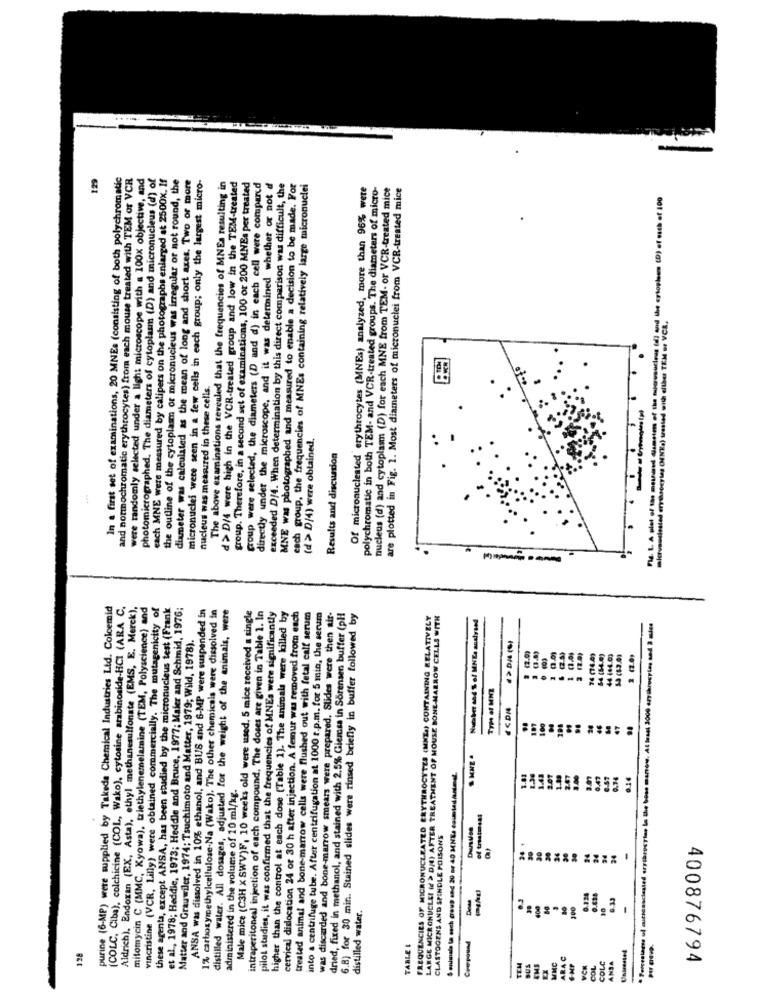
129
In a first set of examinations, 20 MNEs (consisting of both polychromatic
and normochromatic erythrocytes) from each mouse treated with TEM or VCR
were randomly selected under a light microscope with a 100x objective, and
photomicrographed. The diameters of cytoplasm (D) and micronucleus (d) of
each MNE were measured by calipers on the photographs enlarged at 2500x. If
the outline of the cytoplasm or micronucleus was irregular or not round, the
diameter was calculated as the mean of long and short axes. Two or more
micronuclei were seen in a few cells in each group; only the largest micro-
group. Therefore, in a second set of examinations, 100 or 200 MNEs per treated
group were selected, the diameters (D and d) in each cell were compared
The above examinations revealed that the frequencies of MNEs resulting in
d> D/4 were high in the VCR-treated group and low in the TEM-treated
directly under the microscope, and it was determined whether or not d
exceeded D/4. When determination by this direct comparison was difficult, the
MNE was photographed and measured to enable a decision to be made. For
each group, the frequencies of MNEs containing relatively large micronuclei
Of micronuclested erythrocytes (MNEs) analyzed, more than 96% were
polychromatic in both TEM- and VCR-treated groups. The diameters of micro-
nucleus (d) and cytoplasm (D) for each MNE from TEM- or VCR-treated mice
are plotted in Fig. 1. Most diameters of micronuclei from VCR-treated mice
Fla. 1. A plot of the moused dinsim of the mujeresucless (d) and the cytoplas (D) of outh et 100
mictvsuslesled erythrocyles (MENKa) treated with either TEM or VCR,
nucleus was measured in these cells.
(d > D/4) were obtained,
Results and discussion
..
purine (6-MP) were supplied by Takeda Chemical Industries Ltd. Colcemid
(COLC, Ciba), colchicine (COL, Wako), cytosine arabinoside-HCI (ARA C.
Aldrich). Endoxan (EX, Asta), ethyl methanesulfonate (EMS, E. Merck),
mitomycin C (MMC, Kyowa), triethylenemelamine (TEM, Polyscience) and
vincristine (VCR, Lilly) were obtained commercially. The mutagenicity of
these agenta, except ANSA, has been studied by the micronucleus test (Frank
et al ., 1978; Heddie, 1973; Heddle and Bruce, 1977; Maler and Schmid, 1976;
ANSA was dissolved in 10% ethanol, and BUS and 6-MP were suspended in
1% carboxymethylcellulose-Na (Wako). The other chemicals were dissolved in
distilled water. All dosages, adjusted for the weight of the animals, were
intraperitoneal injection of each compound. The doses are given in Table 1. In
dried, fixed in methanol, and stained with 2.5% Glemsa in Sorensen buffer (pH
Male mice (C3H X SWV)F, 10 weeks old were used. 5 mice received a single
pilot studies, it was confirmed that the frequencies of MNEs were significantly
higher than the control at each dose (Table 1). The animals were killed by
cervical dislocation 24 or 30 h after injection. A femur was removed from each
treated animal and bone marrow cells were flushed out with fetal calf serum
into a centrifuge tube. After centrifugation at 1000 r.p.m. for 5 min, the serum
was discarded and bone-marrow smears were prepared, Slides were then air-
6.8) for 30 min. Stained slides were rinsed briefly in buffer followed by
FREQUENCIES OF MICRONUCLEATED ERYTHROCYTES (MNE.) CONTAINING RELATIVELY
LANGE MICRONUCLEI ( > DM) AFTER TREATMENT OF MOUSE BONEMARROW CELLS WITH
Matter and Grauwiler, 1974; Tsuchimoto and Matter, 1979; Wild, 1978).
(2.9)
74 (76.0)
64 (54.0)
44 464.0)
--
<< DM
191
:
S animala la esch Group and 20 or 40 MNE. comtad/uland.
1.13
0.41
0.34
administered in the volume of 10 ml/kg.
CLASTOGENS AND SPINDLE POISONS
94
63
distilled water.
E
1
Compound
TABLE I
128
MMC
ARAC
ANSA
TEM
BUS
VCH
COL
COLC
400876794